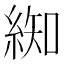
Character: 𮈚